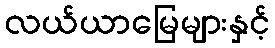
လယ်ယာမြေများနှင့်